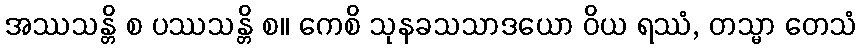
အဿသန္တိ စ ပဿသန္တိ စ။ ကေစိ သုနခသသာဒယော ဝိယ ရဿံ, တသ္မာ တေသံ